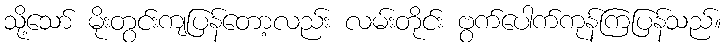
သို့သော် မိုးတွင်းကျပြန်တော့လည်း လမ်းတိုင်း ဗွက်ပေါက်ကုန်ကြပြန်သည်။